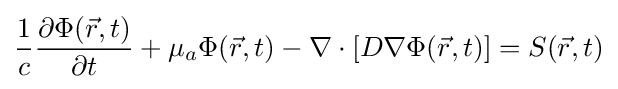
{\frac {1}{c}}{\frac {\partial \Phi ({\vec {r}},t)}{\partial t}}+\mu _{a}\Phi ({\vec {r}},t)-\nabla \cdot [D\nabla \Phi ({\vec {r}},t)]=S({\vec {r}},t)